King Institute of Preventive Medicine Micro-Biological Section reports 1912-19
Year: 1912
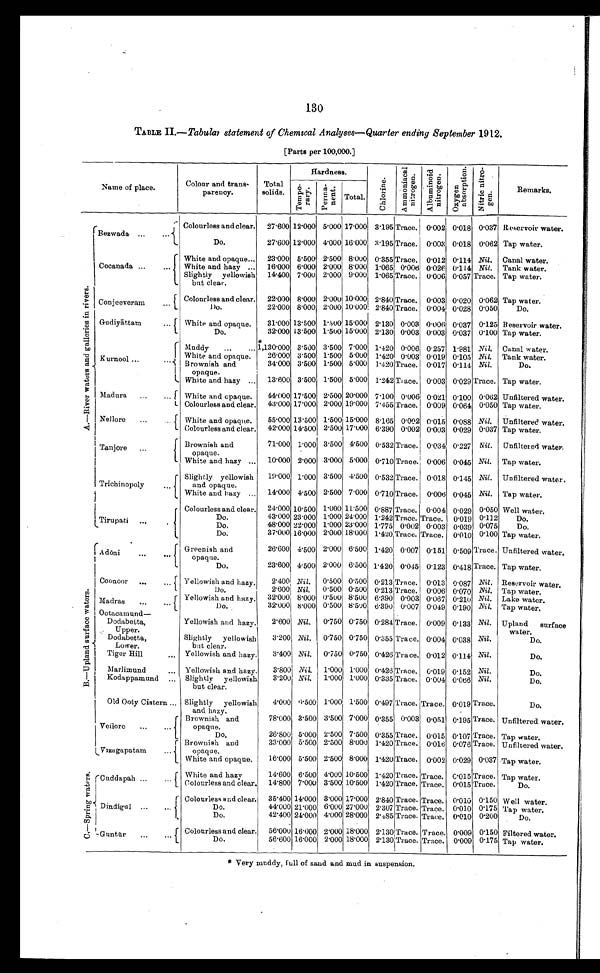
130
TABLE II— Tabular statement of Chemical Analyses—Quarter ending September 1912.
[Parts per 100,000.]
Name of place.
Colour and trans-
parency.
Total
solids.
Hardness.
6
C h l o r i n e .
A m m o n i c a l n i t r o g e n .
A l b u m i n o i d n i t r o g n .
O x y g e n a p s o r p t i o n .
N i t r i c n i t r o - g e n
Remarks.
T e m p o r a r y .
Permanent .
Total.
A — R i v e r w a t e r s a n d g a l l e r i e s r i v e r .
Bezwada
.-
...
...
Colourless and clear. 27.600 12.000 5.000 17.000 3.195 Trace. 0.002 0.018 0.037 Reservoir water.
Do.
27.600 12.000 4.000 16.000 3.195 Trace. 0.008 0.018 0.062 Tap water.
Cocanada ...
...
White and opaque... 23.000 5.500 2.500 8.000 0.355 Trace. 0.012 0.114 Nil. Canal water.
16.000 6.000 2.000 8.000 1.065 0.006 0.026 0.114 Nil. Tank water.
White and hazy ...
14.400 7.000 2.000 9.000 1.065 Trace. 0.006 0.057 Trace. Tap water.
Slightly yellowish
but clear,
Conjeeveram
... Colourless and clear. 22.000 8.000 2.000 10.000 2.840 Trace. 0.003 0.020 0.062 Tap water.
22.000 8.000 2.000 10.000 2.840 Trace. 0.004 0.028 0.050
Do.
Do.
Gudiyattam
... White and opaque.
31.000 13.500 1.500 15.000 2.130 0.003 0.006 0.037 0.125 Reservoir water.
32.000 13.500 1.500 15.000 2.130 0.003 0.003 0.037 0.100 Tap water.
Do.
Kurnool ...
Muddy
..
... 1,130.000 3.500 3.500 7.000 1.420 0.006 0.257 1.981 Nil. Canal w ater.
26.000 3.500 1.500 5.000 1.420 0.003 0.019 0.105 Nil. Tank water.
White and opaque.
34.000 3.500 1.500 5.000 1.420 Trace. 0.017 0.114 Nil.
Do.
Brownish and
opaque.
13.600 3.500 1.500 5.000 1.242 Trace. 0.003 0.029 Trace. Tap water.
White and hazy ...
Madura ...
... White and opaque.
14.000 17.500 2.500 20.000 7.100 0.006 0.021 0.100 0.062 Unfiltered water.
43.000 17.000 2.000 19.000 7.455 Trace. 0.009 0.064 0.050 Tap water.
Colourless and clear.
Nellore
...
..
White and opaque.
55.000 13.500 1.500 15.000 8.165 0.002 0.015 0.088 Nil. Unfiltered water.
12.000 14.500 2.500 17.000 6.390 0.002 0.003 0.029 0.037 Tap water.
Colourless and clear.
Tanjore ...
Brownish and
opaque.
71.000 1.000 3.500 1.500 0.532 Trace. 0.034 0.227 Nil Unfiltered water,
1 0 . 0 0 0
2 . 0 0 0
3 . 0 0 0
5 . 0 0 0
0 . 7 1 0
Trace.0.006
0 . 0 4 5 Nil. Tap Water.
W h i t e a n d h a z y .
Tr i c hi nopl y.
Slightly yellownish and opaque.
1 9 . 0 0 0
1 . 0 0 0
3 . 5 0 0
4 . 5 0 0
0 . 5 3 2
Trace.0.018
0 . 1 4 5 Nil. Unfiltered water.
14..000 4.500 2.500 7.000 0.710 Trace. 0.006 0.045 Nil. Tap water.
White hazy ...
Tirupati ...
Colourless and clear. 24.000 10.500 1.000 11.500 0.887 Trace. 0.004 0.029 0.050 Well water.
43.000 23.000 1.000 24.000 1.242 Trace. Trace. 0.019 0.112
Do.
Do.
48.000 22.000 1.000 23.000 1.775 0.002 0.003 0.039 0.075
Do.
Do.
37.000 16.000 2.000 18.000
2 . 0 0 0
1.420 Trace. 0.010 0.100 Tap water.
Do.
A d o n i " .
• • •
Greenish and
opaque.
26.600 4.500 2.000 6.500 1.420 0-007 0.151 0.509 Trace. Unfiltered water.
23.600 4.500 2.000 6.500 1.420 0.015 0.123 0.418 Trace. Tap water.
Do
B – U p l a n d s a r l a c e w a t e r s .
Coonoor ...
... Yellowish and hazy.
Do,
2.400 Nil. 0.500 0.500 0.213
T r a c e . 0.013 0.087 Nil. Reservoir water.
2.600! Nil, 0.500 0.500 0.213 Trace. 0.006 0.070 Nil. Tap water.
Madras
...
...
Yellowish and hazy.
Do.
32.000 8.000 0.500 8.500 6.390 0.003 0.067 0.210 Nil. Lake water.
32.000 8.000 0.500 8.500 6.390 0.007 0.049 0.190 Nil. Tap water.
Ootacamund-
Dodabetta,
Yellowish and hazy.,
2.600 Nil. 0.750 0.750 0.284 Trace. 0.009 0.133 Nil. Upland surface water.
Upper.
Dodabetta,
Lower.
Slightly yellowish
but clear.
3.200 Nil. 0.750 0.750 0.355 Trace. 0.004 0.038 Nil.
Do.
3.400 Nil. 0.750 0.750 0.426Trace. 0.012 0.114 Nil.
Do.
Tiger Hill
,,, Yellowish and hazy
Marlimund
Yellowish and hazy.
3.800 Nil 1.000 1.000 0.426 Trace. 0.019 0.152 Nil.
Do.
3.200 Nil 1.000 1.000 0.335 Trace. 0.004 0.066 Nil.
Do.
Kodappamund .... Slightly y ellowish
but clear.
Old Ooty Cistern ... Slightly yellowish
and hazy.
4.000 0.500 1.000 1.500 0.497 Trace. Trace. 0.019 Trace.
Do.
Veilore
...
...
Brownish and
opaque.
78.000 3.500 3.500 7.000 0.355 0.003 0.051 0.195 Trace. Unfiltered water.
26.800 5.000 2-500 7.500 0.355 Trace. 0.015 0.107 Trace. Tap water.
Do.
Vizagapatam
...
Brownish and opaque
33.000 5.500 2.500 8.000 1.120 Trace. 0.016 0.076 Trace. Unfiltered water.
16.000 5.500 2.500 8.000 1.420 Trace. 0.002 0.029 0.037 Tap water.
White and opaque.
Cuddapah
White and hazy
14.600 6.500 4-00 10.500 1.420 Trace. Trace. 0.015 Trace
Tap water.
14.800 7.000 3.500 10.500 1.420 Trace. Trace. 0.015 Trace.
Do.
Colourless and clear.
Dindigul .
Colourless and clear. 35.100 14.000 3.000 17.000 2.840 Trace. Trace. 0.010 0.150 Well water.
Do.
44.000 21.000 6.000 27.000 2.307 Trace. Trace. 0.010 0.175 Tap water.
Do.
42.400 24.000 4.000 28.000 2.485 Trace. Trace. 0.010 0.200
Do,
Guntür
...
...
Colourless and clear.
5 6 . 0 0 0 16.000
2.000
18.000
2.130
T r a c e .
Trace
0.009 0.150 Filtered water.
Do.
5 6 . 0 0 0
16.000
2 . 0 0 0
1 8 . 0 0 0
2 . 1 3 0
T r a c e .
T r a c e .
0 . 0 0 9
0.175 Tap water.
* Very muddy, full of sand and mud in suspension.